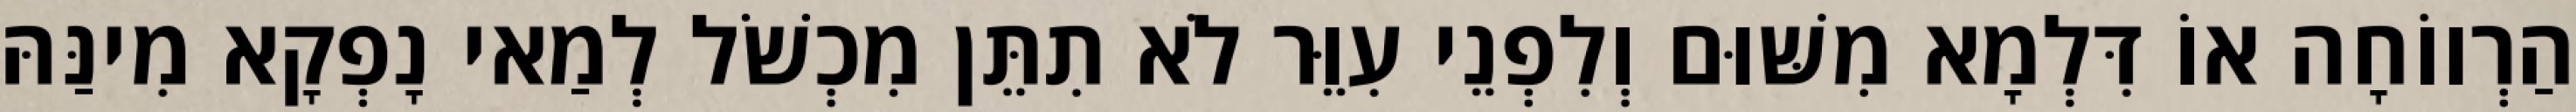
הַרְווֹחָה אוֹ דִּלְמָא מִשּׁוּם וְלִפְנֵי עִוֵּר לֹא תִתֵּן מִכְשֹׁל לְמַאי נָפְקָא מִינַּהּ